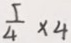
\frac { 5 } { 4 } \times 4